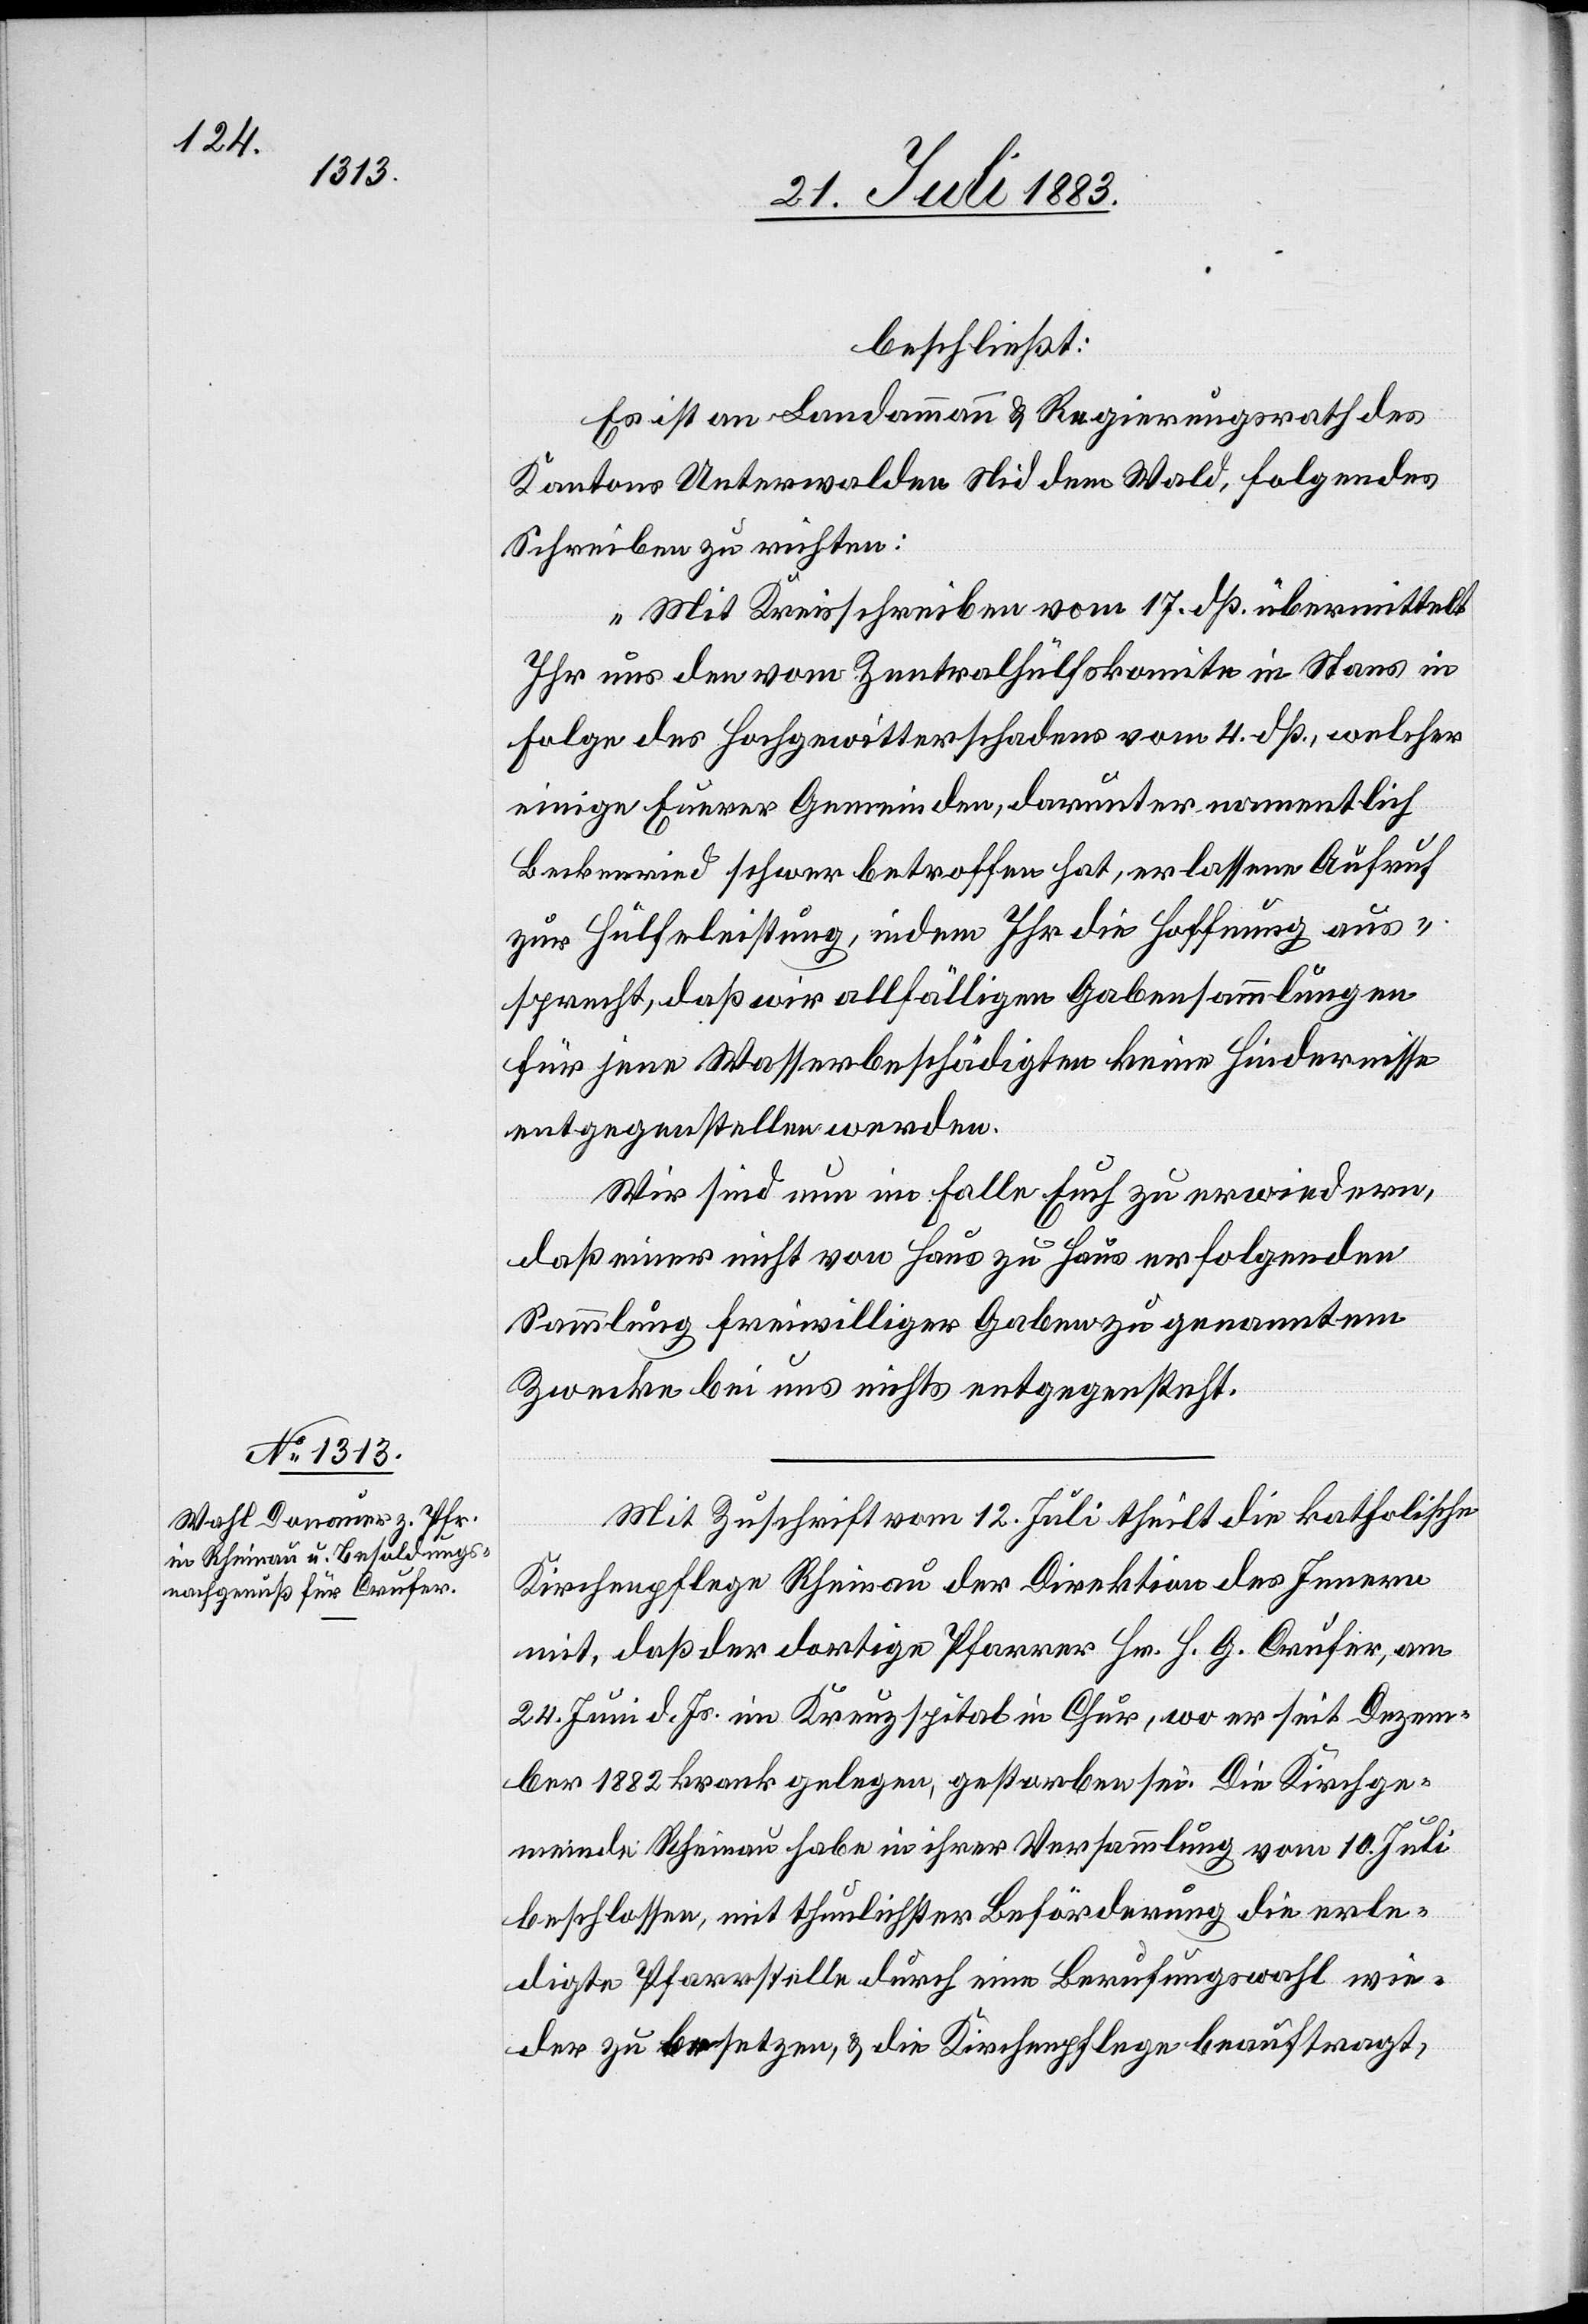
beschließt:
Es ist an Landammann & Regierungsrath des
Kantons Unterwalden Nid dem Wald, folgendes
Schreiben zu richten:
„Mit Kreisschreiben vom 17. dß. übermittelt
Ihr uns den vom Zentralhülfskomite in Stans mit
Folge des Hochgewitterschadens vom 4. dß., welcher
einige Eurer Gemeinden, darunter namentlich
[sic!] schwer betroffen hat, erlassene Aufruf
zur Hülfeleistung, indem Ihr die Hoffnung aus¬
sprecht, daß wir allfälligen Gabensammlungen
für jene Wasserbeschädigten keine Hindernisse
entgegenstellen werden.
Wir sind nun im Falle Euch zu erwiedern,
daß einer nicht von Haus zu Haus erfolgenden
Sammlung freiwilliger Gaben zu genanntem
Zwecke bei uns nichts entgegensteht.“
Mit Zuschrift vom 12. Juli theilt die katholische
Kirchenpflege Rheinau der Direktion des Innern
mit, daß der dortige Pfarrer Hr. H. G. Crufer, am
24. Juni d. Js. im Kantonsspital Chur, wo er seit Dezem¬
ber 1882 krank gelegen, gestorben sei. Die Kirchenge¬
meinde Rheinau habe in ihrer Versammlung vom 10. Juli
beschlossen, mit thunlichster Beförderung die erle¬
digte Pfarrstelle durch eine Berufungswahl wie¬
der zu besetzen, & die Kirchenpflege beauftragt,